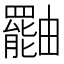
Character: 𤳷